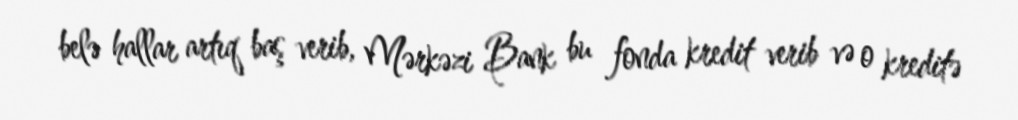
belə hallar artıq baş verib, Mərkəzi Bank bu fonda kredit verib və o kreditə